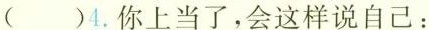
( )4.你上当了，会这样说自己：